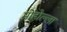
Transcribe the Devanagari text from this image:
मोहोल्ला